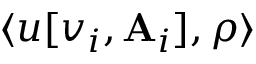
\langle u [ v _ { i } , \mathbf { A } _ { i } ] , \rho \rangle